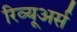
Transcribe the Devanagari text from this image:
रिव्यूअर्स